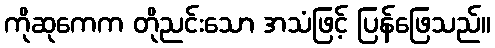
ကိုဆုကေက တိုညင်းသော အသံဖြင့် ပြန်ဖြေသည်။